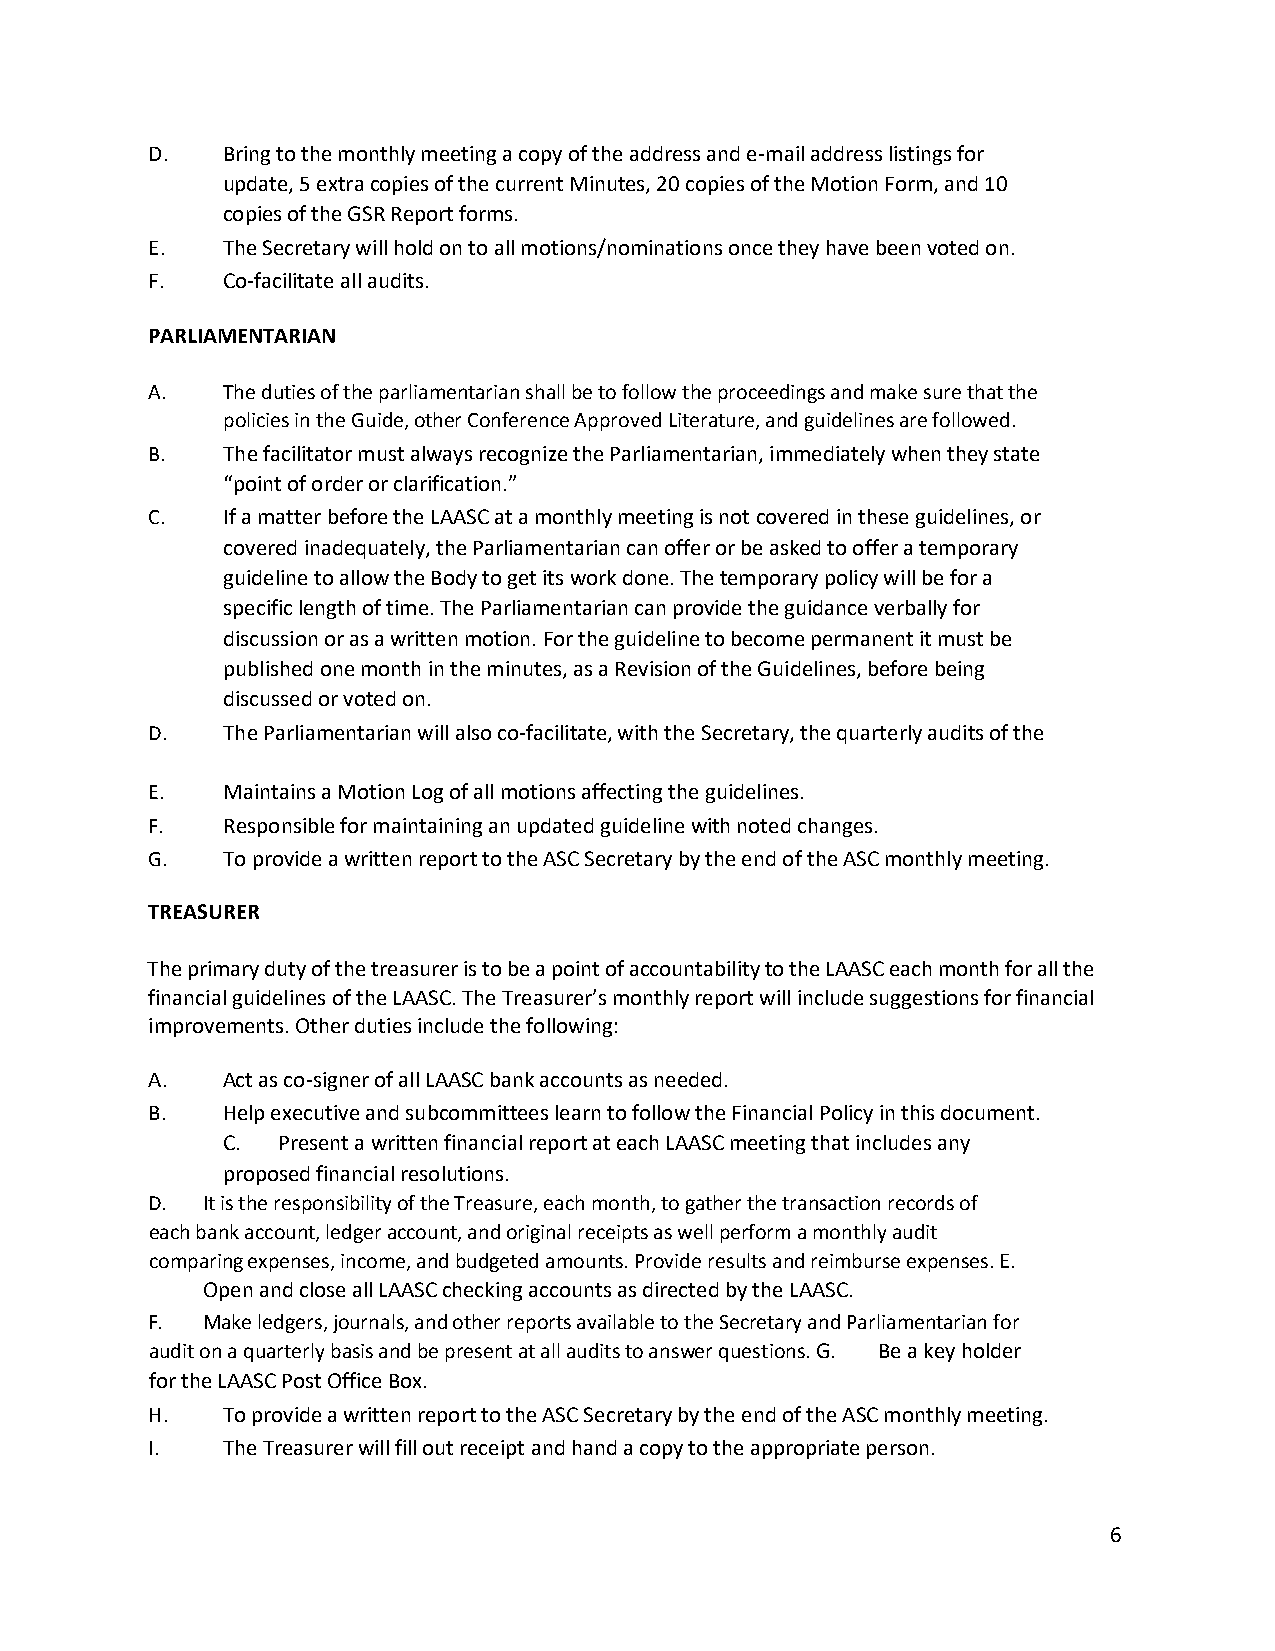
D.   Bring to the monthly meeting a copy of the address and e-mail address listings for
 update, 5 extra copies of the current Minutes, 20 copies of the Motion Form, and 10
 copies of the GSR Report forms.
 E.   The Secretary will hold on to all motions/nominations once they have been voted on.
 F.   Co-facilitate all audits.
 PARLIAMENTARIAN
 A.   The duties of the parliamentarian shall be to follow the proceedings and make sure that the
 policies in the Guide, other Conference Approved Literature, and guidelines are followed.
 B.   The facilitator must always recognize the Parliamentarian, immediately when they state
 “point of order or clarification.”
 C.   If a matter before the LAASC at a monthly meeting is not covered in these guidelines, or
 covered inadequately, the Parliamentarian can offer or be asked to offer a temporary
 guideline to allow the Body to get its work done. The temporary policy will be for a
 specific length of time. The Parliamentarian can provide the guidance verbally for
 discussion or as a written motion. For the guideline to become permanent it must be
 published one month in the minutes, as a Revision of the Guidelines, before being
 discussed or voted on.
 D.   The Parliamentarian will also co-facilitate, with the Secretary, the quarterly audits of the
 E.   Maintains a Motion Log of all motions affecting the guidelines.
 F.   Responsible for maintaining an updated guideline with noted changes.
 G.   To provide a written report to the ASC Secretary by the end of the ASC monthly meeting.
 TREASURER
 The primary duty of the treasurer is to be a point of accountability to the LAASC each month for all the
 financial guidelines of the LAASC. The Treasurer’s monthly report will include suggestions for financial
 improvements. Other duties include the following:
 A.   Act as co-signer of all LAASC bank accounts as needed.
 B.   Help executive and subcommittees learn to follow the Financial Policy in this document.
 C. Present a written financial report at each LAASC meeting that includes any
 proposed financial resolutions.
 D. It is the responsibility of the Treasure, each month, to gather the transaction records of
 each bank account, ledger account, and original receipts as well perform a monthly audit
 comparing expenses, income, and budgeted amounts. Provide results and reimburse expenses. E.
 Open and close all LAASC checking accounts as directed by the LAASC.
 F. Make ledgers, journals, and other reports available to the Secretary and Parliamentarian for
 audit on a quarterly basis and be present at all audits to answer questions. G. Be a key holder
 for the LAASC Post Office Box.
 H.   To provide a written report to the ASC Secretary by the end of the ASC monthly meeting.
 I.   The Treasurer will fill out receipt and hand a copy to the appropriate person.
 6